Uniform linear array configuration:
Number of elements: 12
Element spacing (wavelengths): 0.75
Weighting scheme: hamming
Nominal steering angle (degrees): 15
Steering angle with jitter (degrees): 14.263
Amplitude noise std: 0.05
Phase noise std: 0.05

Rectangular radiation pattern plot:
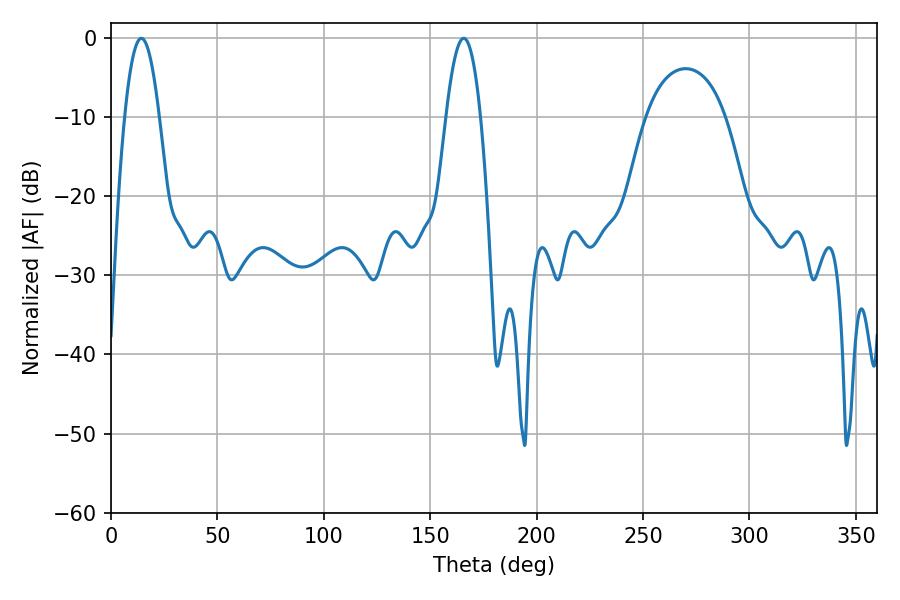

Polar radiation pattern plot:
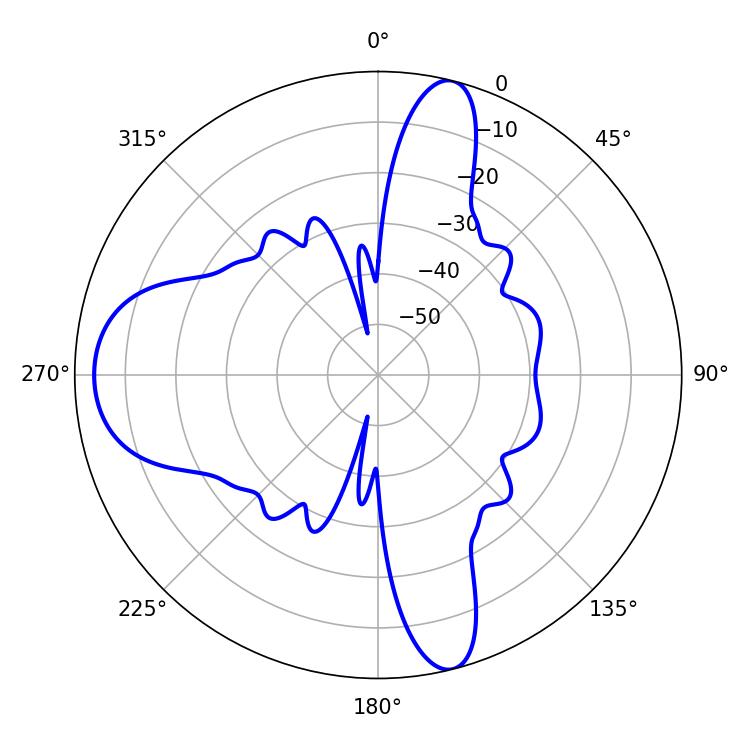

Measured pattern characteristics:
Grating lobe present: TRUE
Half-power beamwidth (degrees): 8.82
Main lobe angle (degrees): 14.22